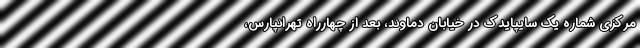
مرکزی شماره یک سایپایدک در خیابان دماوند، بعد از چهارراه تهرانپارس،